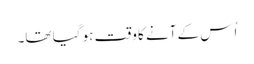
اُس کے آنے کا وقت ہو گیا تھا۔